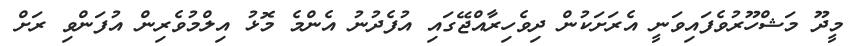
މީދޫ މަޝްހޫރުވެފައިވަނީ އެރަށަކުން ދިވެހިރާއްޖޭގައި އުފެދުނު އެންމެ މޮޅު އިލްމުވެރިން އުފަންވި ރަށް